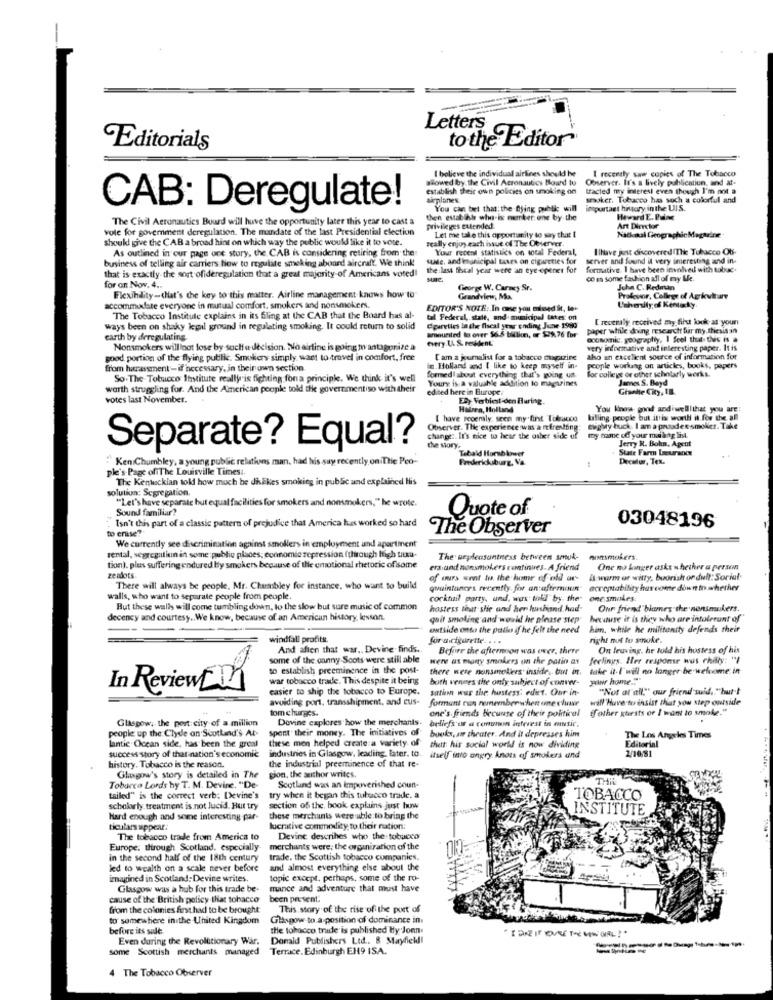
Letters
to the Editor
Editorials
I believe the individual airlines should be
I recently saw copies of The Tobacco
allowed by. the Civil Aeronautics Bound to
Observer. It's a lively publication, and af-
establish their own policies on smoking on
tracted my interest even though I'm not a
airplanes
smoker. Tobacco has soch a colorful and
CAB: Deregulate!
You can bet that; the Dying public will
intpurtast history in the UIS.
The Civil Aeronautics Buurd will have the opportunity later this year to cast a
then establish who-is merker. one by the
vote for government deregulation. The mandate of the last Presidential election
privileges extended.
Let me take this apportanity to say that t
Art Director
should give the CAB a broad hint on which way the public would like it to vote.
really enjoy each issue of The Observer.
Nadaal Cheographic Magazine
As outlined in our page one story, the CAB is considering retiring from the
Your receni statistics on total Federal,
Ilhave just discoveredThe Tobacco Ob-
business of telling air carriers how to regulate smoking aboard aircraft. We think!
SAME, and imunicipal taxes on cigarettes for
server and found it very interesting and in-
that is exactly the sort ofideregulation that a great majority of Americans voted!
the last fiscal year were an eye-epitner for
formative. I have been involved with tabac.
co m some fashion all of my Le.
for on Nov. 4 ..
George W. Carmey Sr.
John C. Redman
Flexibility-that's the key to this matter. Airline management knows how to
Grandview, Ma.
Profevor, College of Agriculture
accommodate everyone in mutual comfort, smokers and nonsmokers.
EDITOR'S NOTE: In one you missed it, te-
Ushersty of Kentucky.
The Tobacco Institute explains in its filing at the CAB that the Board has at-
tal Federal, state, and mimicipel tates on
Creottaly received my first look at your
ways been on shaky legil ground in regulating smoking. It could return to solid
garetles In the fiscal year ending June-1980
amounted lo over 56.5 billion, er $29.76 for
paper while doing research fur my.thesis an
earth by deregulating.
every U. & resident.
ocosenic. geography, I feel the- this is a
Nonsmokers will not lose by such a decision. Na airline is going mantagprize a
very informative and interesting paper. It is
good portion of the flying public. Smokers simply want to travel in comfort, free
Cam a jumalist for a tobacco magazine
aho an excellent source of information for
from harassment -if necessary, in their own section
in. Holland and ( like to keep myself in-
people working on articles, books, papers
for college or other scholarly werks.
So . The Totucco Institute really is fighting fona principle. We think it's well
formed about everything that's going ud
Youry is a valuable addition to magazines
James S. Bayd
warth struggling for. And the American people told the governmentiso with their
edited here in Europe:
Gisakte City, Il.
votes last November.
Hulrea, Holland
You Know- good andiwell|that you are
[ have recently, seen my fint Tobacco
balling people but ittis wortll it for the all
Observer. The experience :was a mfrentoing:
ewaMy buck. I am a pruden smoker. Take
change :. It's nice to hear the other side of
my name of your maling list.
Jerry R. Bohn, Agent
Separate? Equal?
the story,
Tebald Hornblower
State Farm Leurance
"Ken Chumbley, a young public relations man, had his suy recently oniThie Peo-
Fredericksburg, Va.
Decalur, Tex.
ple's-Page of The Louisville Times ..
The Kenwecklan told how much be disEkes smoking in public and explained His
solution: Segregation.
"Let's have separate hut equal facilities for smokers and nonsmokers," he wrote.
Sound familiar?
Quote of
to erase?
Isn't this part of a classic pattern of prejudice that America lues worked so hard
The Observer
03048196
We currently see discrimination against smollers in employment and apertinent
rental, segregation in some public places; economic repression (through high uuuu-
The unpleasantness between smuk-
nonsmokers
tion). ples suffering endured by smokers because of the emotional rhetoric of some
era and nonsmokers continues. A friend
One no longer asks whether a person
zendots
of murs went to the home of old ar-
is worm or witty, buorish or dult: Social-
There will always be people, Mr. Chambley for instance, who want to build
quintaner's recently. for an afternoon"
acceptability has come down to whether
walls, who want to separate people from people
cocktail party, und. was told by the one smokes:
But these walls will come tumbling down, to the slow but sure music of common
hostess tout shie and her husband had-
Our friend"blanes the nensmakers.
decency and courtesy .. We know, because of an American history, lesson.
quit smoking and would he please step
because it is they who are intolerunt of
outside onto the patla if he felt the need
hin, while he militanity defends their
windfall profits.
for acigarette. . ..
right not to smoke.
And aften that war .. Devine finds.
Before the afternoon was over, there
On leaving. he told his hostess of his
some of the danny Scots were still able
were as many smokers on the patio as
feelings. Her response wus chilly: "I
to establish preeminence in the post-
there were nonsmokers' inside. but in.
take it.I will no longer be welcome. in
war tobacco trade. This despite it being
both vennes the only subject of conver-
pour home.""
In ReviewE
easier to ship the tobacco to Europe.
sation was the hustess: edict. Our in-
"Not at all." our friend suid. "hut-t
avoiding port, transshipment, and cus-
formant con remember when one xlwar
wall"Huve ter insist that you step outside
tom charges.
one's friends Because of their political
tfother guests or I want to smoke."
Glasgow, the port city of a million
Dovine explores how the merchants.
beliefs os a conunun interest in music,
people up the Clyde on Scotland's At-
spent their money. The initiatives off
lantic Ocean side, has been the greal
these men helped create a variety of
books, ar theater. And it depresses him
Editorial
The Los Angeles Times
that hir social world is now dividing
2/10/81
success story of that nation's economic
industries in Glasgow, leading. later. to. itself into angry Anons of smokers and
history. Tobacco is the reason.
the industrial preeminence of that re-
Glasgow's story is detailed in The
gion, the author writes.
THI
Tobacco Lords by T. M. Devine. "De-
Scotland was an impoverished coun-
tailed" is the correct verb: Devine's
try when it began this tulucco trade. a
TOBACCO
scholarly treatment is not lucid. Hut try
section of the, book explains just hun
INSTITUTE
Hard enough and some interesting par-
these merchants were able to bring the
ticulars appear:
lucrative commodity to their ration:
The tobacco tradde from America to
Devine describes who the tobacco
Europe, through Scotland. especially
merchants were; the organization of the
in the second half of the 18th century
trade. the Scottish tobacco companies,
led to wealth on a scale never before
and almost everything else about the
imagined in Scotland: Devine writes.
topic except, perhaps, some of the ro-
Glasgow was a hub for this trade be
mance and adventure that must have
cause of the British policy that tobacco
been present.
from the colonies first had to be brought
This story of the rise of the port of
to somewtiere inithe United Kingdom
Glasgow to a position of dominance in
before its sule
the tobacco trade is published by Jonn.
Even during the Revolutionary War.
Donald Publishers Ltd .. 8 Mayfield !!
some Scottish merchants managed
Terrace. Edinburgh EN9 ISA.
4 The Tobacco Observer